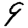
Digit: 9